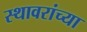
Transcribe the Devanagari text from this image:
स्थावरांच्या